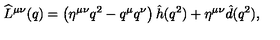
\widehat L ^ { \mu \nu } ( q ) = \left( \eta ^ { \mu \nu } q ^ { 2 } - q ^ { \mu } q ^ { \nu } \right) \hat { h } ( q ^ { 2 } ) + \eta ^ { \mu \nu } \hat { d } ( q ^ { 2 } ) ,